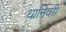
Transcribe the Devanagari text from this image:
धानिवरी